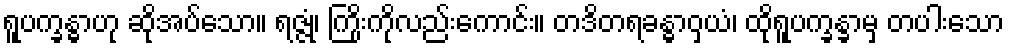
ရူပက္ခန္ဓာဟု ဆိုအပ်သော။ ရဇ္ဇုံ၊ ကြိုးကိုလည်းကောင်း။ တဒိတရခန္ဓာဝှယံ၊ ထိုရူပက္ခန္ခာမှ တပါးသော